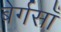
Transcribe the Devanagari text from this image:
बेर्गसाँ